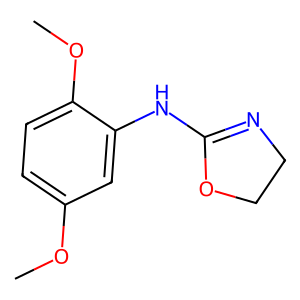
SMILES: COc1ccc(OC)c(NC2=NCCO2)c1
Inhibits HIV replication: No